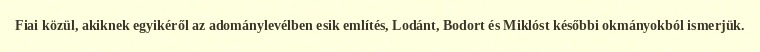
Fiai közül, akiknek egyikéről az adománylevélben esik említés, Lodánt, Bodort és Miklóst későbbi okmányokból ismerjük.